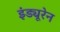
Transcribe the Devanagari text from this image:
इंड्यूरेन